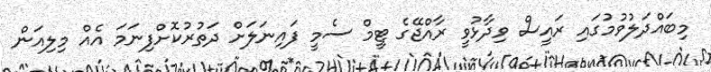
މިބައްދަލުވުމުގައި ރައީސް ވިދާޅުވީ ރާއްޖޭގެ ޓީމް ސެމީ ފައިނަލަށް ދަތުުރުކޮށްފިނަމަ އެއް މިލިއަން